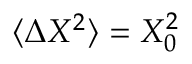
\langle \Delta X ^ { 2 } \rangle = X _ { 0 } ^ { 2 }